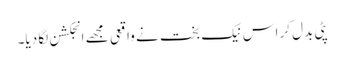
پٹی بدل کر اس نیک بخت نے واقعی مجھے انجکشن لگا دیا۔